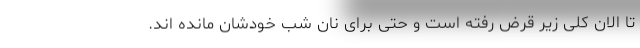
تا الان کلی زیر قرض رفته است و حتی برای نان شب خودشان مانده اند.